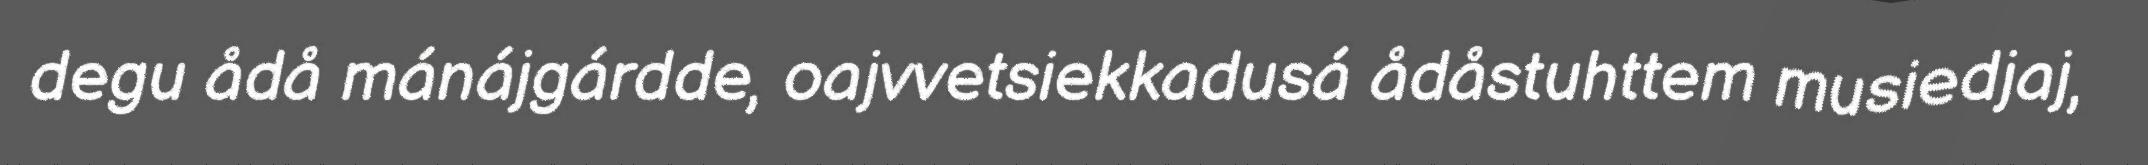
degu ådå mánájgárdde, oajvvetsiekkadusá ådåstuhttem musiedjaj,